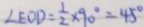
\angle E O D = \frac { 1 } { 2 } \times 9 0 ^ { \circ } = 4 5 ^ { \circ }